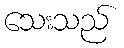
သေးသည်